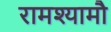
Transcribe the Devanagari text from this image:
रामश्यामौ